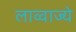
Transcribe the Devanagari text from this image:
लाव्वाज्ये